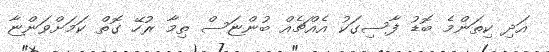
އަދި ކިތަންމެ ބޮޑު ފާސިގަކު އެއްޗެއް ބުންޏަސް ތިމާ ރުހޭ ގޮތް ކަމަށްވަންޏާ